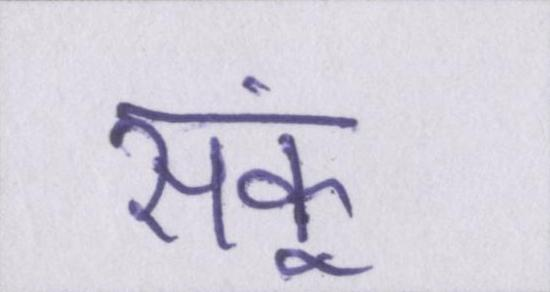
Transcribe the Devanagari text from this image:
सकूं